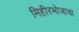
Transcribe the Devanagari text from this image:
मिहीरभोजाचा